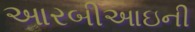
આરબીઆઇની